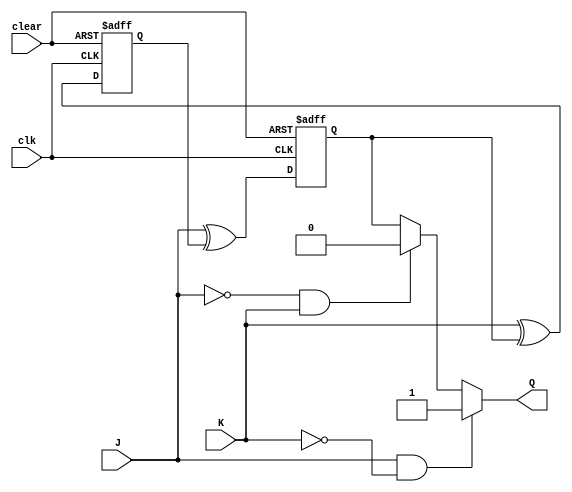
module JK_FF (
  input J, // input signal to set the flip-flop
  input K, // input signal to reset the flip-flop
  input clk, // clock signal
  input clear, // clear signal
  output reg Q // output signal
);

reg D1, D2, Q1, Q2; // internal signals

always @ (posedge clk or posedge clear) begin
  if (clear) begin
    D1 <= 0;
    D2 <= 0;
  end else begin
    D1 <= J ^ Q2;
    D2 <= K ^ Q1;
  end
end

assign Q1 = D1;
assign Q2 = D2;

always @ (*) begin
  if (J & !K) begin
    Q <= 1;
  end else if (!J & K) begin
    Q <= 0;
  end else begin
    Q <= Q1;
  end
end

endmodule